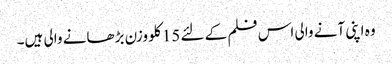
وہ اپنی آنے والی اس فلم کے لئے 15 کلو وزن بڑھانے والی ہیں۔